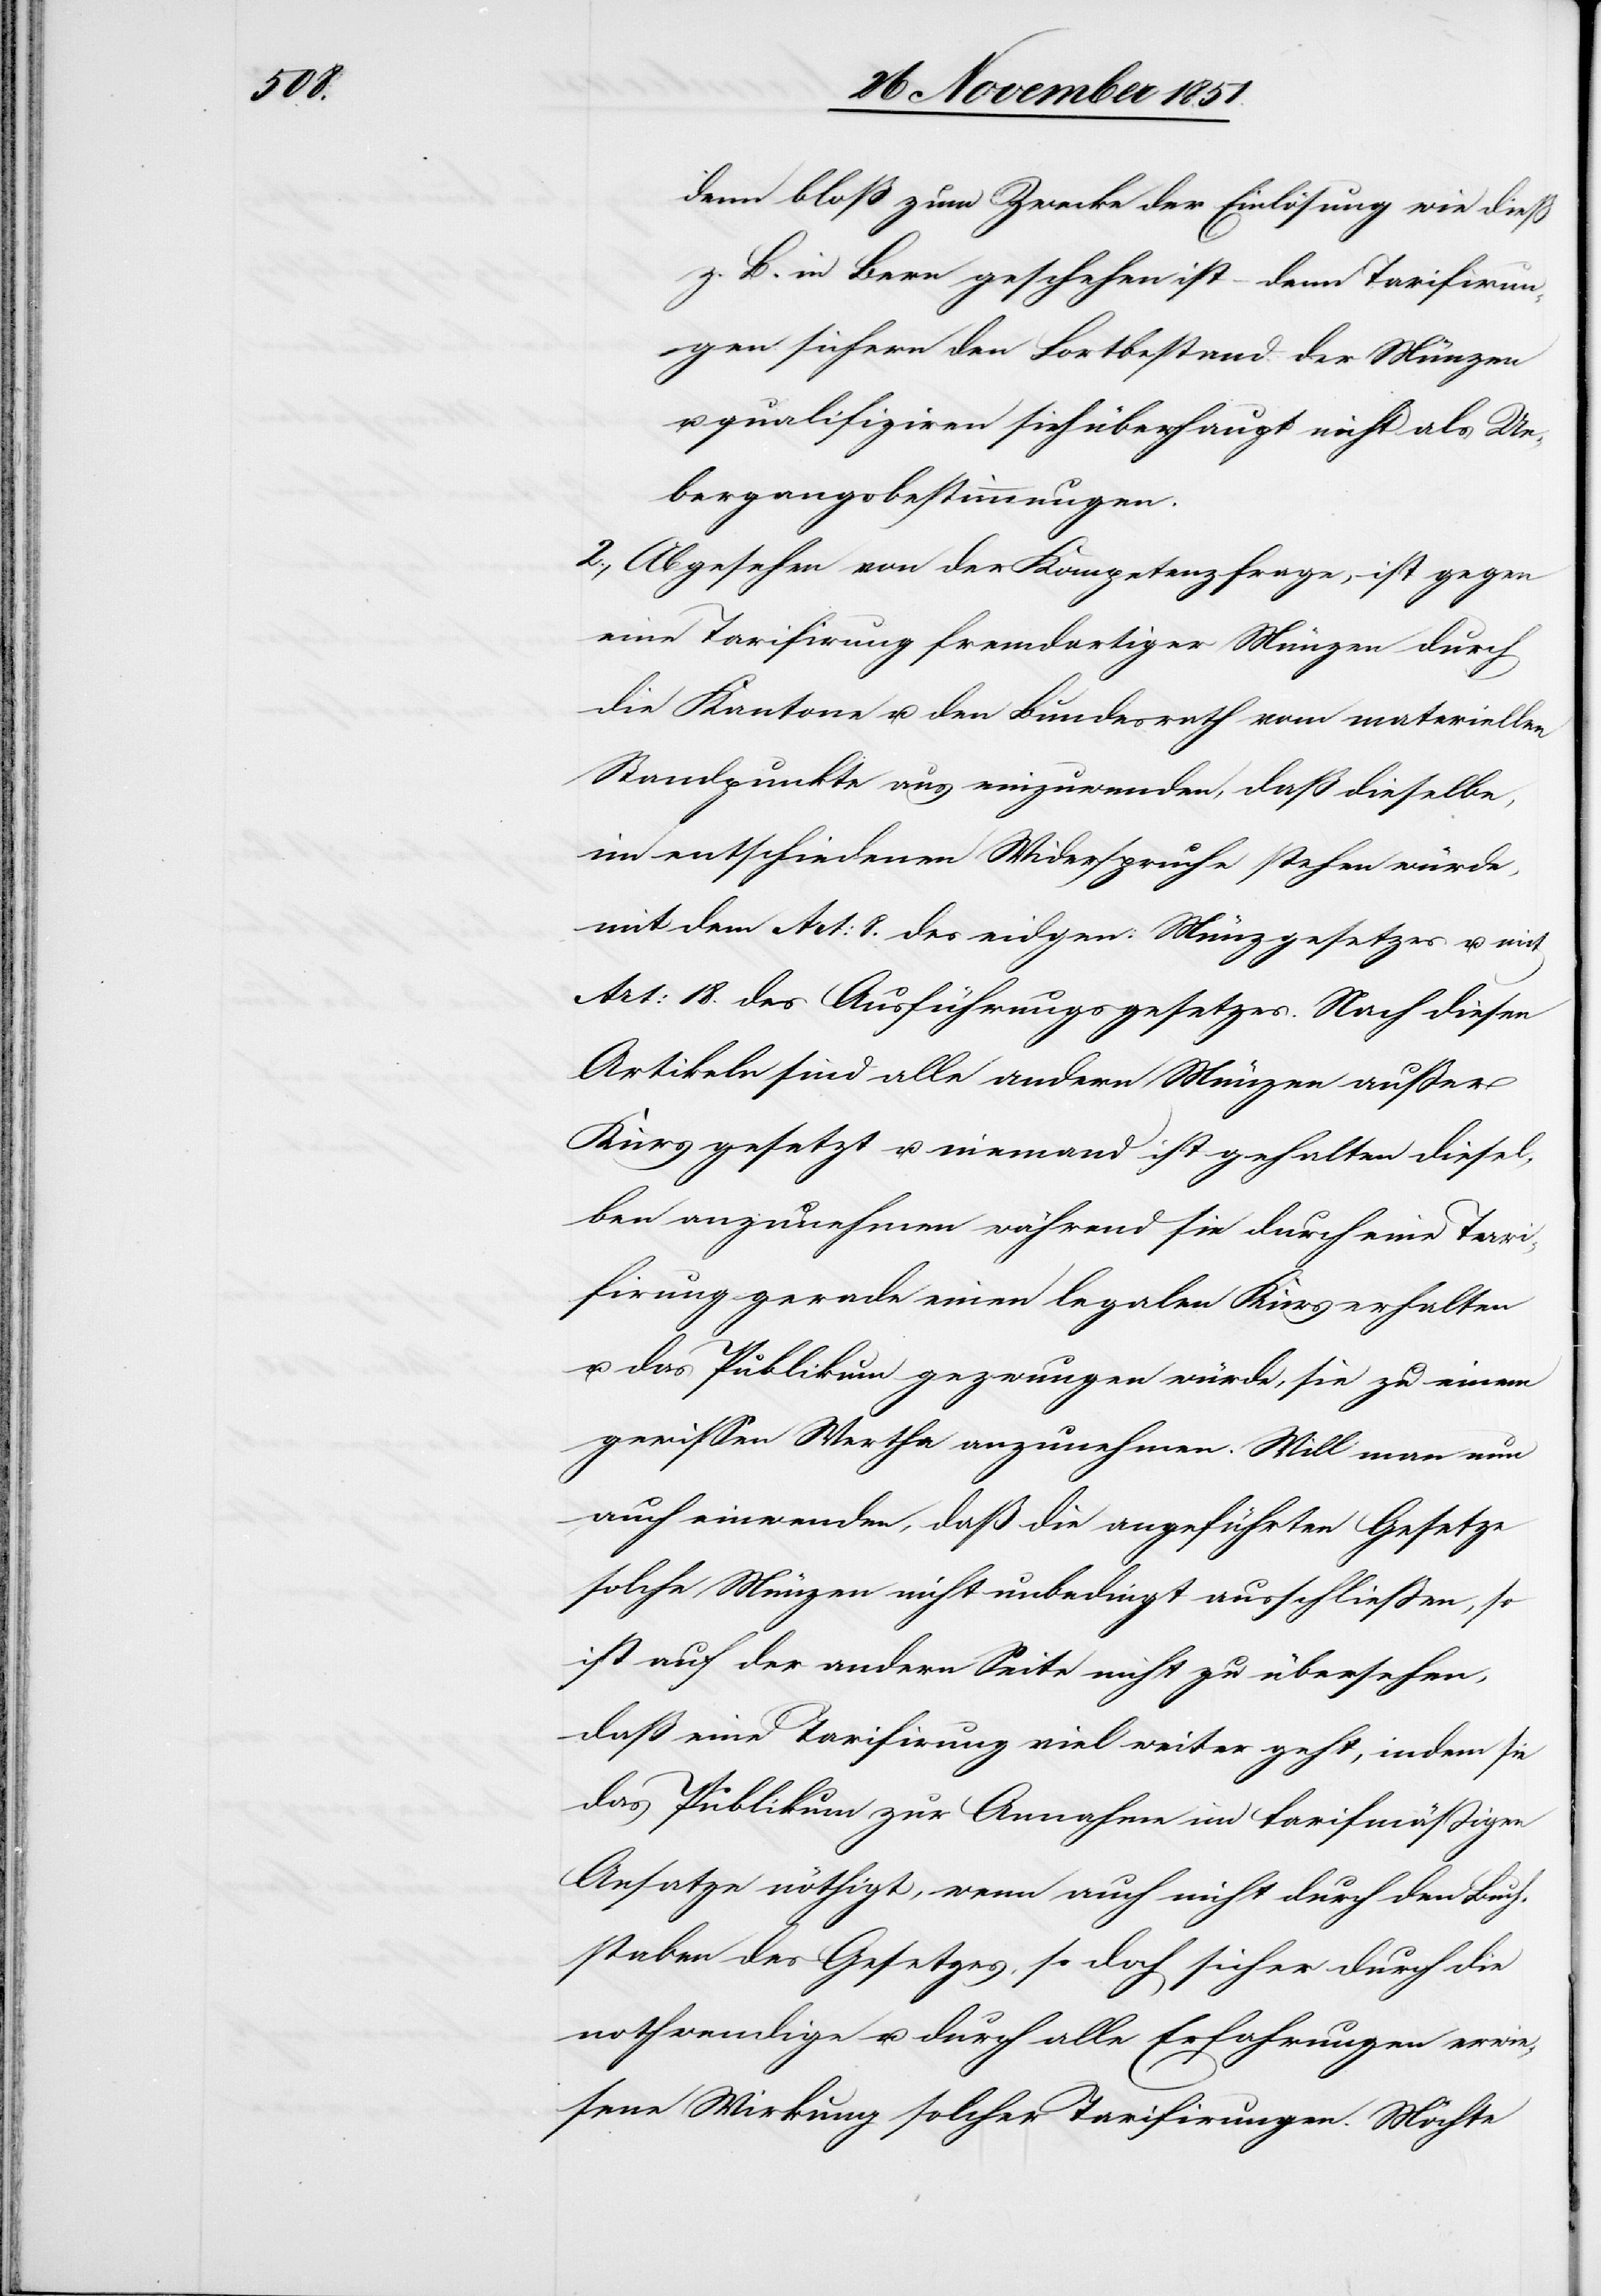
denn bloß zum Zwecke der Einlösung wie dieß
z. B. in Bern geschehen ist – denn Tarifirun¬
gen sichern den Fortbestand der Münzen
u. qualifiziren sich überhaupt nicht als Ue¬
bergangsbestimmungen.
2., Abgesehen von der Kompetenzfrage, ist gegen
eine Tarifirung fremdartiger Münzen durch
die Kantone u. den Bundesrath vom materiellen
Standpunkte aus einzuwenden, daß dieselbe,
im entschiedenen Widerspruche stehen würde,
mit dem Art: 8. des eidgen: Münzgesetzes u. mit
Art: 18. des Ausführungsgesetzes. Nach diesen
Artikeln sind alle andern Münzen außer
Kurs gesetzt u. niemand ist gehalten diesel¬
ben anzunehmen während sie durch eine Tari¬
firung gerade einen legalen Kurs erhalten
u. das Publikum gezwungen würde, sie zu einem
gewissen Werthe anzunehmen. Will man nun
auch einwenden, daß die angeführten Gesetze
solche Münzen nicht unbedingt ausschließen, so
ist auf der andern Seite nicht zu übersehen,
daß eine Tarifirung viel weiter geht, indem sie
das Publikum zur Annahme im tarifmäßigen
Ansatze nöthigt, wenn auch nicht durch den Buch¬
staben des Gesetzes, so doch sicher durch die
nothwendige u. durch alle Erfahrungen erwie¬
sene Wirkung solcher Tarifirungen. Möchte